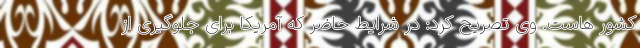
کشور هاست. وی تصریح کرد: در شرایط حاضر که آمریکا برای جلوگیری از